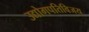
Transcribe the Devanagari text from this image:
उद्योगपतिविजय